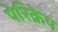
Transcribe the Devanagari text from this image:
पेरिक्रेप